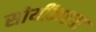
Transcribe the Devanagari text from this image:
सोयींकरता